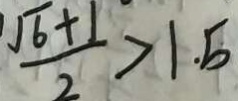
\frac { \sqrt { 6 } + 1 } { 2 } > 1 . 5